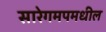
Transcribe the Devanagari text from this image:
सारेगमपमधील